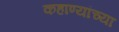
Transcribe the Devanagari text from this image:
कहाण्यांच्या